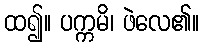
ထ၍။ ပက္ကမိ၊ ဖဲလေ၏။